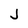
Character: J